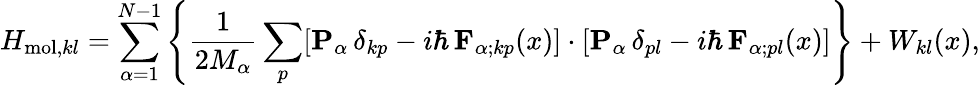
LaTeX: H_{\mathrm{mol},kl}=\sum_{\alpha=1}^{N-1}\left\{ \frac{1}{2M_{\alpha}}\sum_{p}[{\mathbf{P}}_{\alpha}\, \delta_{kp}-i\hbar\, {\mathbf{F}}_{\alpha;kp}(x)]\cdot[{\mathbf{P}}_{\alpha}\, \delta_{pl}-i\hbar\, {\mathbf{F}}_{\alpha;pl}(x)]\right\} +W_{kl}(x),